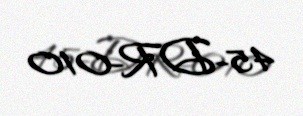
45-DR-010